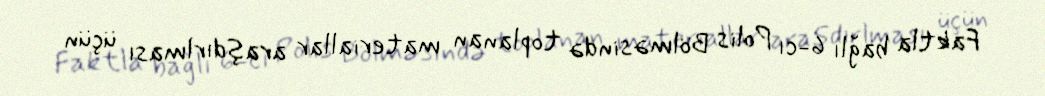
Faktla bağlı 6-cı Polis Bölməsində toplanan materiallar araşdırlması üçün